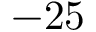
- 2 5